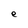
Character: e